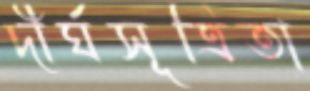
দীর্ঘসূত্রিতা